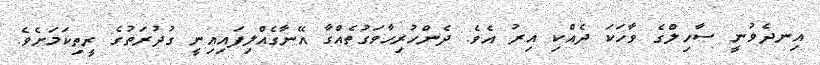
އިނދެވުނީ ސާހިލްގެ ވާހަކަ ދެއްކި އިރު އެވެ. ދެންހުރިހާވަގުތެއްގާ އޭނާގެއްލިފައިއިނީ ގުދުރަތުގެ ރީތިކަމަށެވެ.